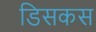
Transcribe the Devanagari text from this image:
डिसकस